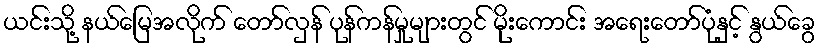
ယင်းသို့ နယ်မြေအလိုက် တော်လှန် ပုန်ကန်မှုများတွင် မိုးကောင်း အရေးတော်ပုံနှင့် နွယ်ခွေ